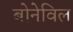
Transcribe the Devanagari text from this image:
बोनेविल